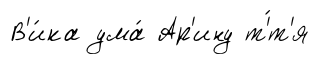
В'и́ка ума́ Ар'ину т'́т'я